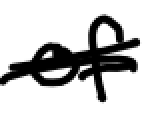
Text: of
Cross-out: double-line
Writing tool: digital_black